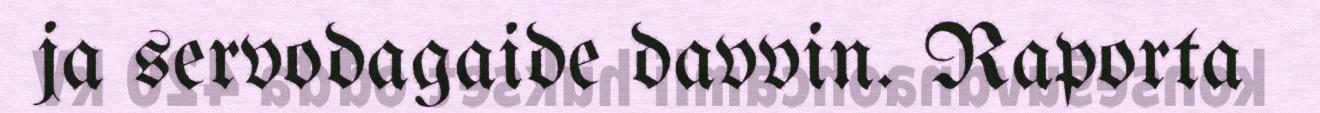
ja servodagaide davvin. Raporta